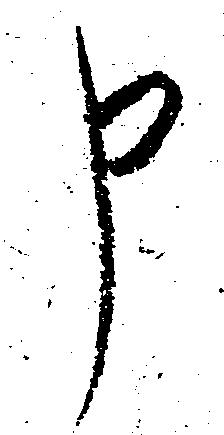
申